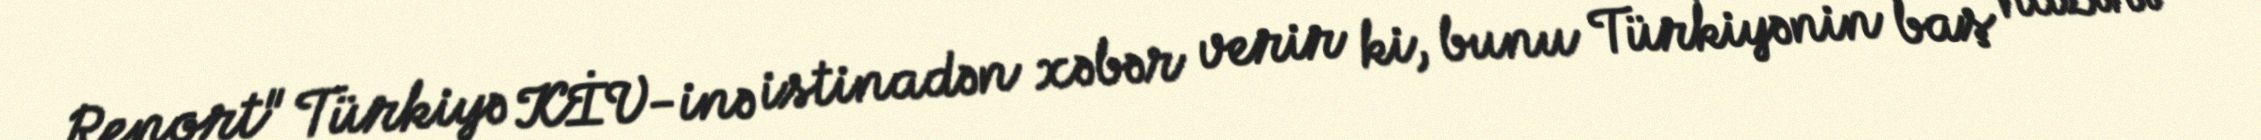
Report" Türkiyə KİV-inə istinadən xəbər verir ki, bunu Türkiyənin baş naziri